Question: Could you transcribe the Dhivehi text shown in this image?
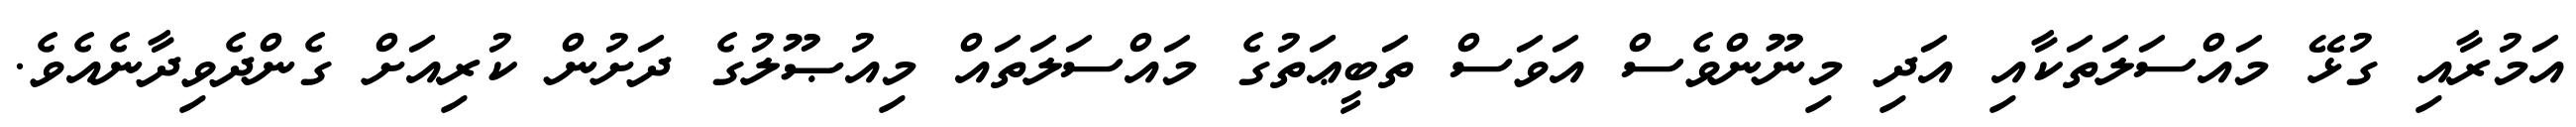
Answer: އަމުރާއި ގުޅޭ މައްސަލަތަކާއި އަދި މިނޫންވެސް އަވަސް ތަބީޢަތުގެ މައްސަލަތައް މިއުޞޫލުގެ ދަށުން ކުރިއަށް ގެންދެވިދާނެއެވެ.